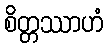
စိတ္တဿာဟံ